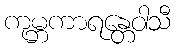
ကုမ္ဘကာရန္တေဝါသီ